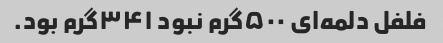
فلفل دلمه‌ای ۵۰۰گرم نبود ۳۴۱گرم بود.